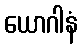
ယောဂါနံ